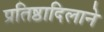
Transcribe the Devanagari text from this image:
प्रतिष्ठादिलाने